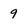
Character: 9